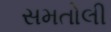
સમતોલી